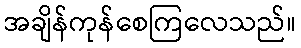
အချိန်ကုန်စေကြလေသည်။